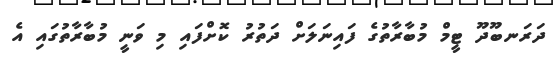
ދަރަނބޫދޫ ޓީމް މުބާރާތުގެ ފައިނަލަށް ދަތުރު ކޮށްފައި މި ވަނީ މުބާރާތުގައި އެ